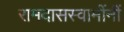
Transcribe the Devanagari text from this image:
रामदासस्वामींनीं